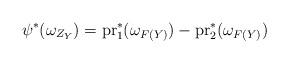
LaTeX: \begin{align*} \psi^* (\omega_{Z_Y}) = \textrm{pr}_1^* (\omega_{F(Y)}) - \textrm{pr}_2^* (\omega_{F(Y)}) \end{align*}